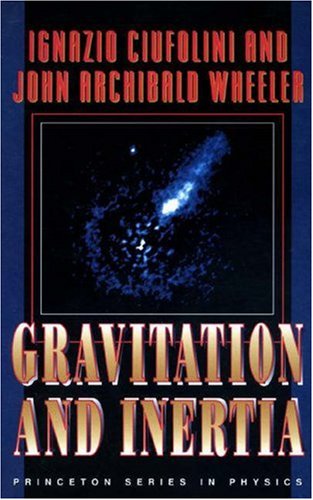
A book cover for Gravitation and Inertia; Ignazio Ciufolini; Science & Math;